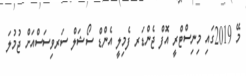
މޭ 2019ގައި މިނިސްޓްރީ އޮފް ޖެންޑަރ ފެމިލީ އެންޑް ސޯޝަލް ސަރވިސަސްއަށް ޖުމުލަ